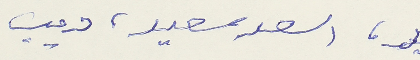
، اسعد سعيد، ديب